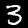
Label: 3